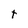
Character: t